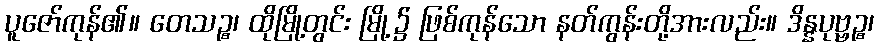
ပူဇော်ကုန်၏။ တေသဉ္စ၊ ထိုမြို့တွင်း မြို့၌ ဖြစ်ကုန်သော နတ်ကွန်းတို့အားလည်း။ ဒိန္နပုဗ္ဗဉ္စ၊